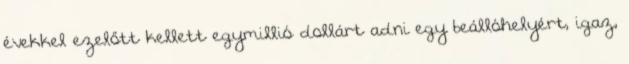
évekkel ezelőtt kellett egymillió dollárt adni egy beállóhelyért, igaz,